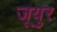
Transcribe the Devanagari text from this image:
जूयुर